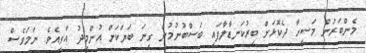
މެންބަރުން މަސީހާ ދެކޮޅަށް ބިރުކަނޑާލާފައި ބަސްބުނުމުން ގިނަ ބަޔަކަށް އުންމީދު އާވިއެވެ. ނަމަވެސް